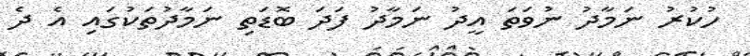
ހުކުރު ނަމާދު ނުވަތަ އީދު ނަމާދު ފަދަ ބޮޑަތި ނަމާދުތަކުގައި އެ ދެ